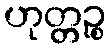
ဟုတ္တဉ္စ